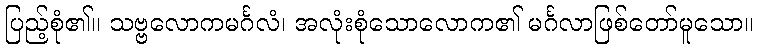
ပြည့်စုံ၏။ သဗ္ဗလောကမင်္ဂလံ၊ အလုံးစုံသောလောက၏ မင်္ဂလာဖြစ်တော်မူသော။